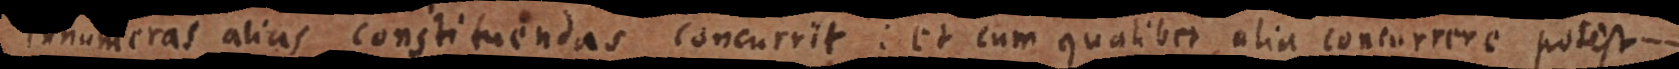
innumeras alias constituendas concurrit: et cum qualibet alia concurrere potest